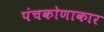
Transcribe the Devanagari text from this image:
पंचकोणाकार